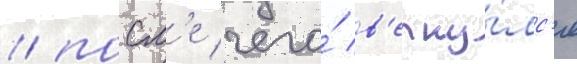
/ посл'е чего́ в'ерну́лс'я